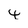
Character: 4